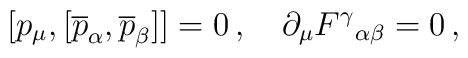
[p_{\mu}, [\overline{p}_{\alpha}, \overline{p}_{\beta}]]=0\,,\quad\partial_{\mu}F^{\gamma}{}_{\alpha\beta}=0\,,